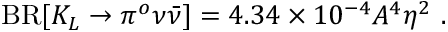
\mathrm { B R } [ K _ { L } \to \pi ^ { o } \nu \bar { \nu } ] = 4 . 3 4 \times 1 0 ^ { - 4 } A ^ { 4 } \eta ^ { 2 } ~ .